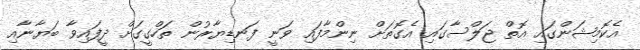
އެކޮމިޝަންގައި އޮތް ޖަލްސާގައި އެގޮތަށް ނިންމާފައި ވަނީ ފަނޑިޔާރުން ތަހްގީގަށް ދީފައިވާ ބަޔާނާއި